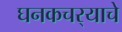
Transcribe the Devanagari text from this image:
घनकचर्‍याचे